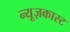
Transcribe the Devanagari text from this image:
न्यूज़कास्ट